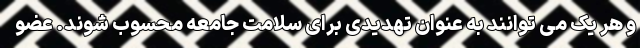
و هر یک می توانند به عنوان تهدیدی برای سلامت جامعه محسوب شوند. عضو